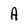
Character: A